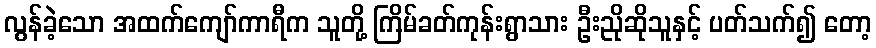
လွန်ခဲ့သော အထက်ကျော်ကာရီက သူတို့ ကြိမ်ခတ်ကုန်းရွာသား ဦးညိုဆိုသူနှင့် ပတ်သက်၍ တော့